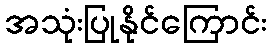
အသုံးပြုနိုင်ကြောင်း